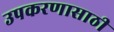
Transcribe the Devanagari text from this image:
उपकरणासाठी